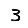
Digit: 3